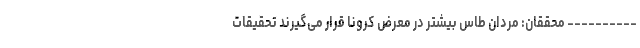
---------- محققان: مردان طاس بیشتر در معرض کرونا قرار مى‌گیرند تحقیقات